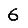
Digit: 6